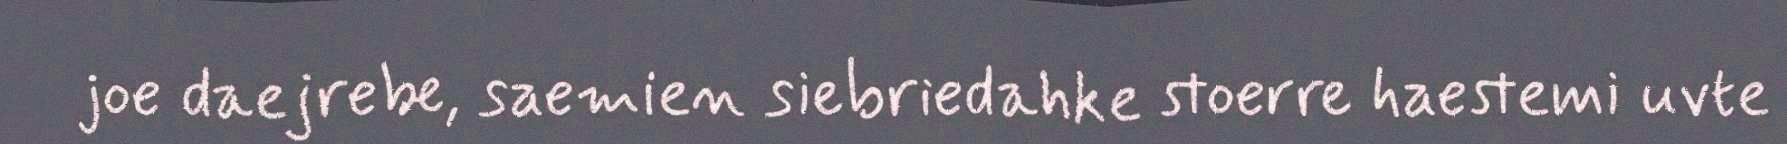
joe daejrebe, saemien siebriedahke stoerre haestemi uvte